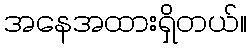
အနေအထားရှိတယ်။